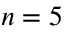
n = 5